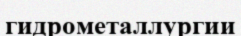
гидрометаллургии